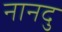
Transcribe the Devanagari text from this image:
नानदु